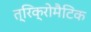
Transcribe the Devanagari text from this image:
त्रिक्रोमैटिक